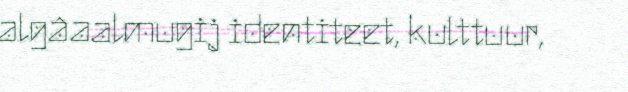
algâaalmugij identiteet, kulttuur,